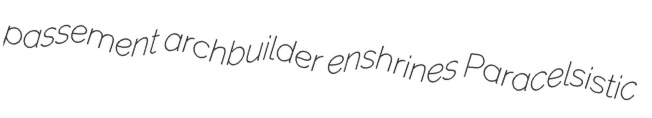
passement archbuilder enshrines Paracelsistic